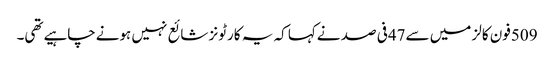
509فون کالز میں سے47فی صد نےکہا کہ یہ کارٹونز شائع نہیں ہونےچاہیےتھی۔